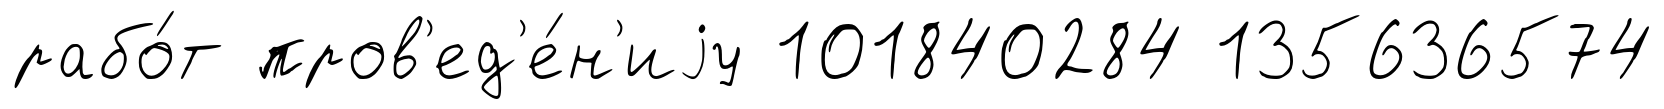
рабо́т пров'ед'е́н'иjу 101840284 135636574